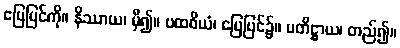
မြေပြင်ကို။ နိဿာယ၊ မှီ၍။ ပထဝိယံ၊ မြေပြင်၌။ ပတိဋ္ဌာယ၊ တည်၍။